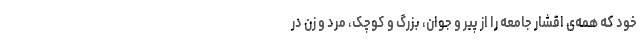
خود که همه‌ی اقشار جامعه را از پیر و جوان، بزرگ و کوچک، مرد و زن در